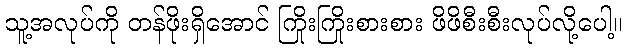
သူ့အလုပ်ကို တန်ဖိုးရှိအောင် ကြိုးကြိုးစားစား ဖိဖိစီးစီးလုပ်လို့ပေါ့။